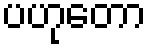
ပဟုတော